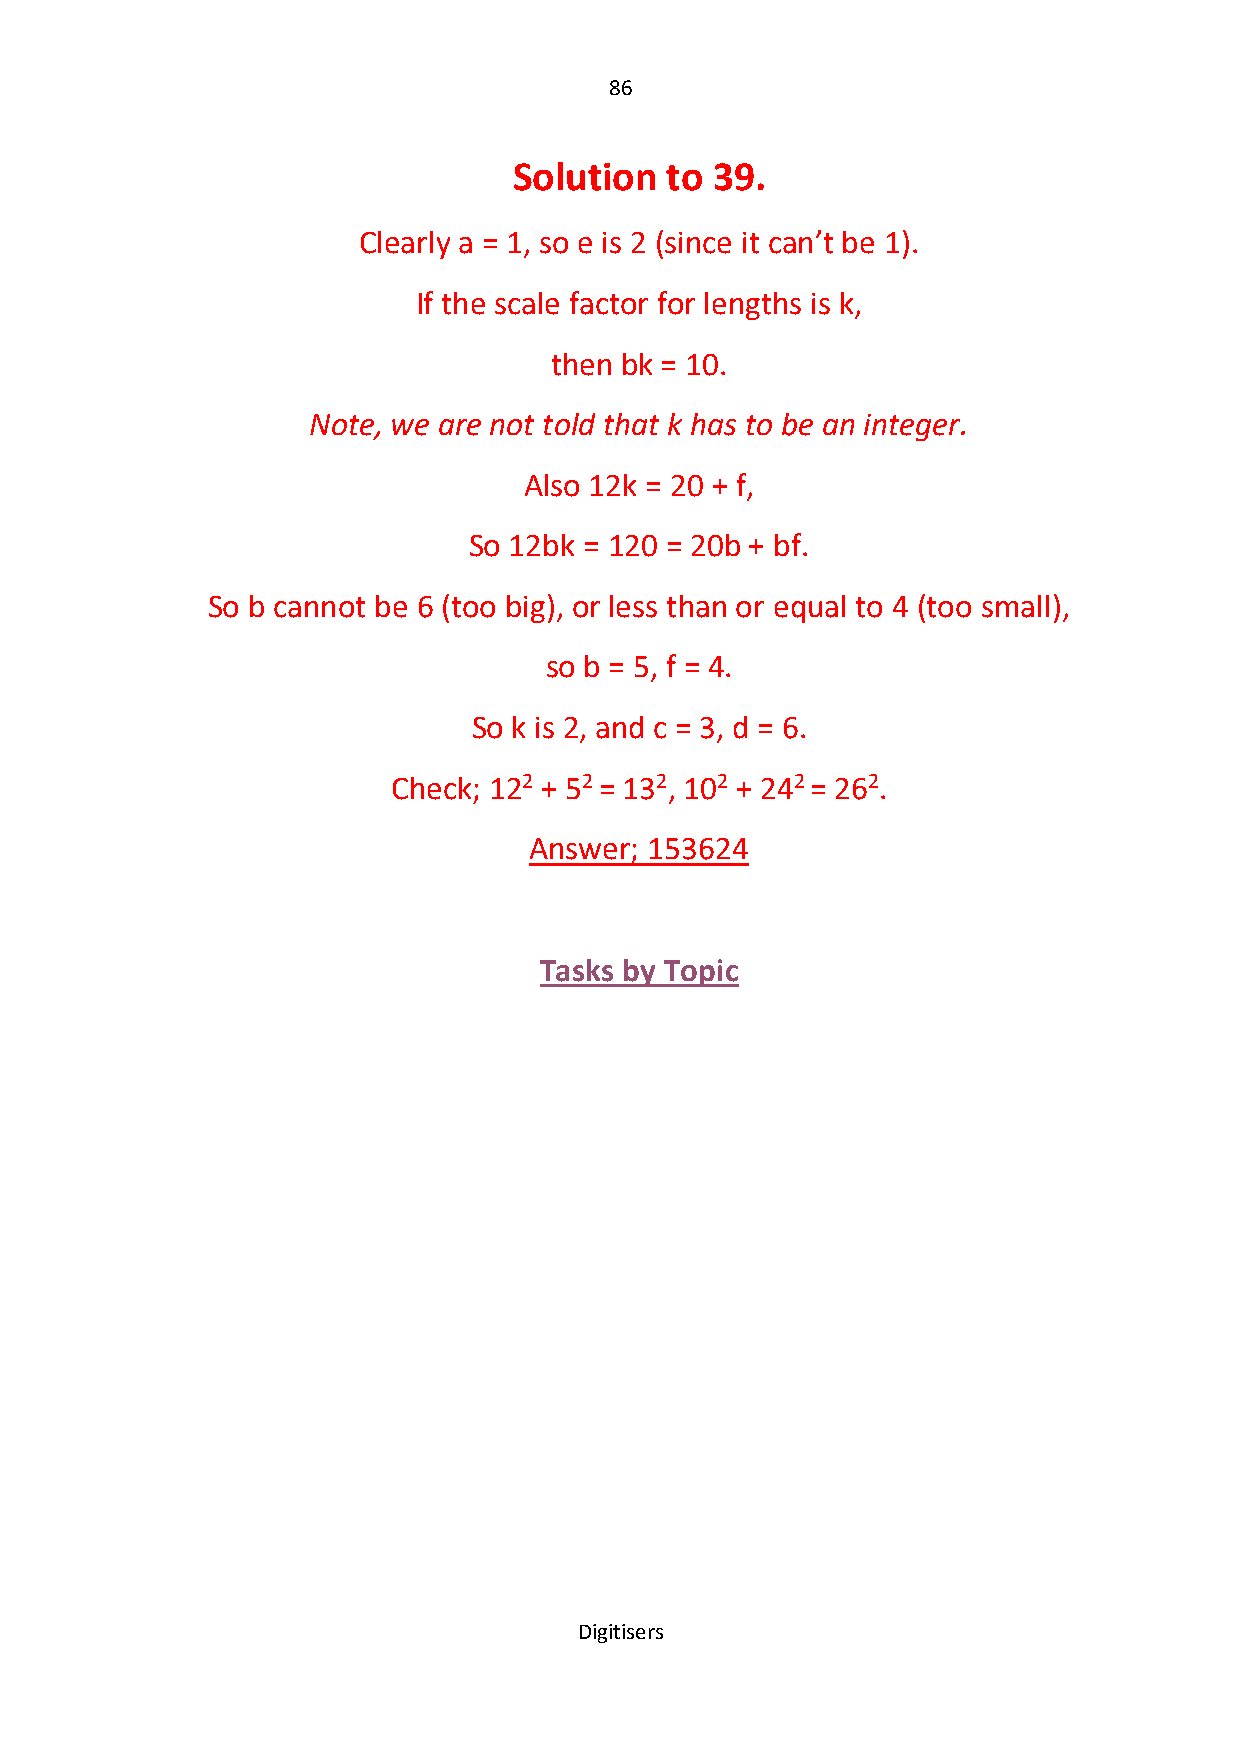
86
 Solution  to 39.
 Clearly a = 1, so e is 2 (since it can’t be 1).
 If the scale factor for lengths is k,
 then bk = 10.
 Note, we are not told that k has to be an integer.
 Also 12k = 20 + f,
 So 12bk = 120 = 20b + bf.
 So b cannot be 6 (too big), or less than or equal to 4 (too small),
 so b = 5, f = 4.
 So k is 2, and c = 3, d = 6.
 Check; 122 + 52 = 132, 102 + 242 = 262.
 Answer; 153624
 Tasks by Topic
 Digitisers